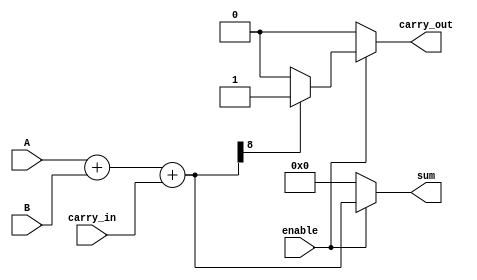
module Adder(
    input wire signed [7:0] A,
    input wire signed [7:0] B,
    input wire enable,
    input wire carry_in,
    output wire signed [8:0] sum,
    output wire carry_out
);
    
    always @* begin
        if (enable) begin
            sum = A + B + carry_in;
            carry_out = (sum[8] == 1) ? 1 : 0;
        end else begin
            sum = 0;
            carry_out = 0;
        end
    end

endmodule